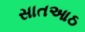
સાતઆઠ